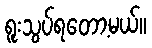
ရူးသွပ်ရတော့မယ်။